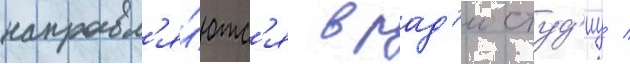
направл'я́ютс'я в рад'иостуд'иу /